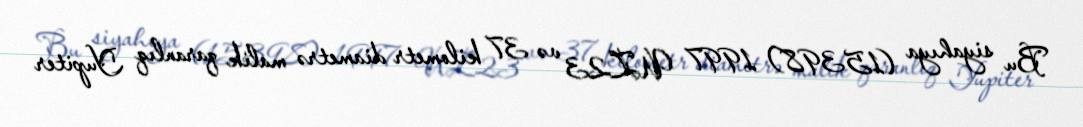
Bu siyahıya (15398) 1997 UZ23 və 37 kilometr diametrə malik qaranlıq Yupiter